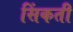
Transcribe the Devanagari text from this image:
सिंकती